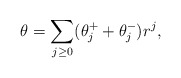
\begin{align*} \theta=\sum_{j\geq 0} (\theta_j^++\theta^-_j)r^j, \end{align*}